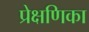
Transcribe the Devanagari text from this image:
प्रेक्षणिका